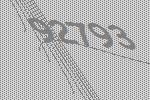
92793